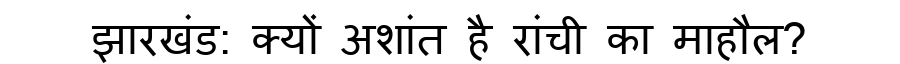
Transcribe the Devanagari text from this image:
झारखंड: क्यों अशांत है रांची का माहौल?